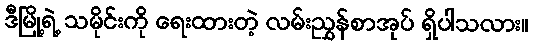
ဒီမြို့ရဲ့ သမိုင်းကို ရေးထားတဲ့ လမ်းညွှန်စာအုပ် ရှိပါသလား။